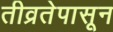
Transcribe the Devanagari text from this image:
तीव्रतेपासून